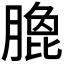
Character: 𭩄